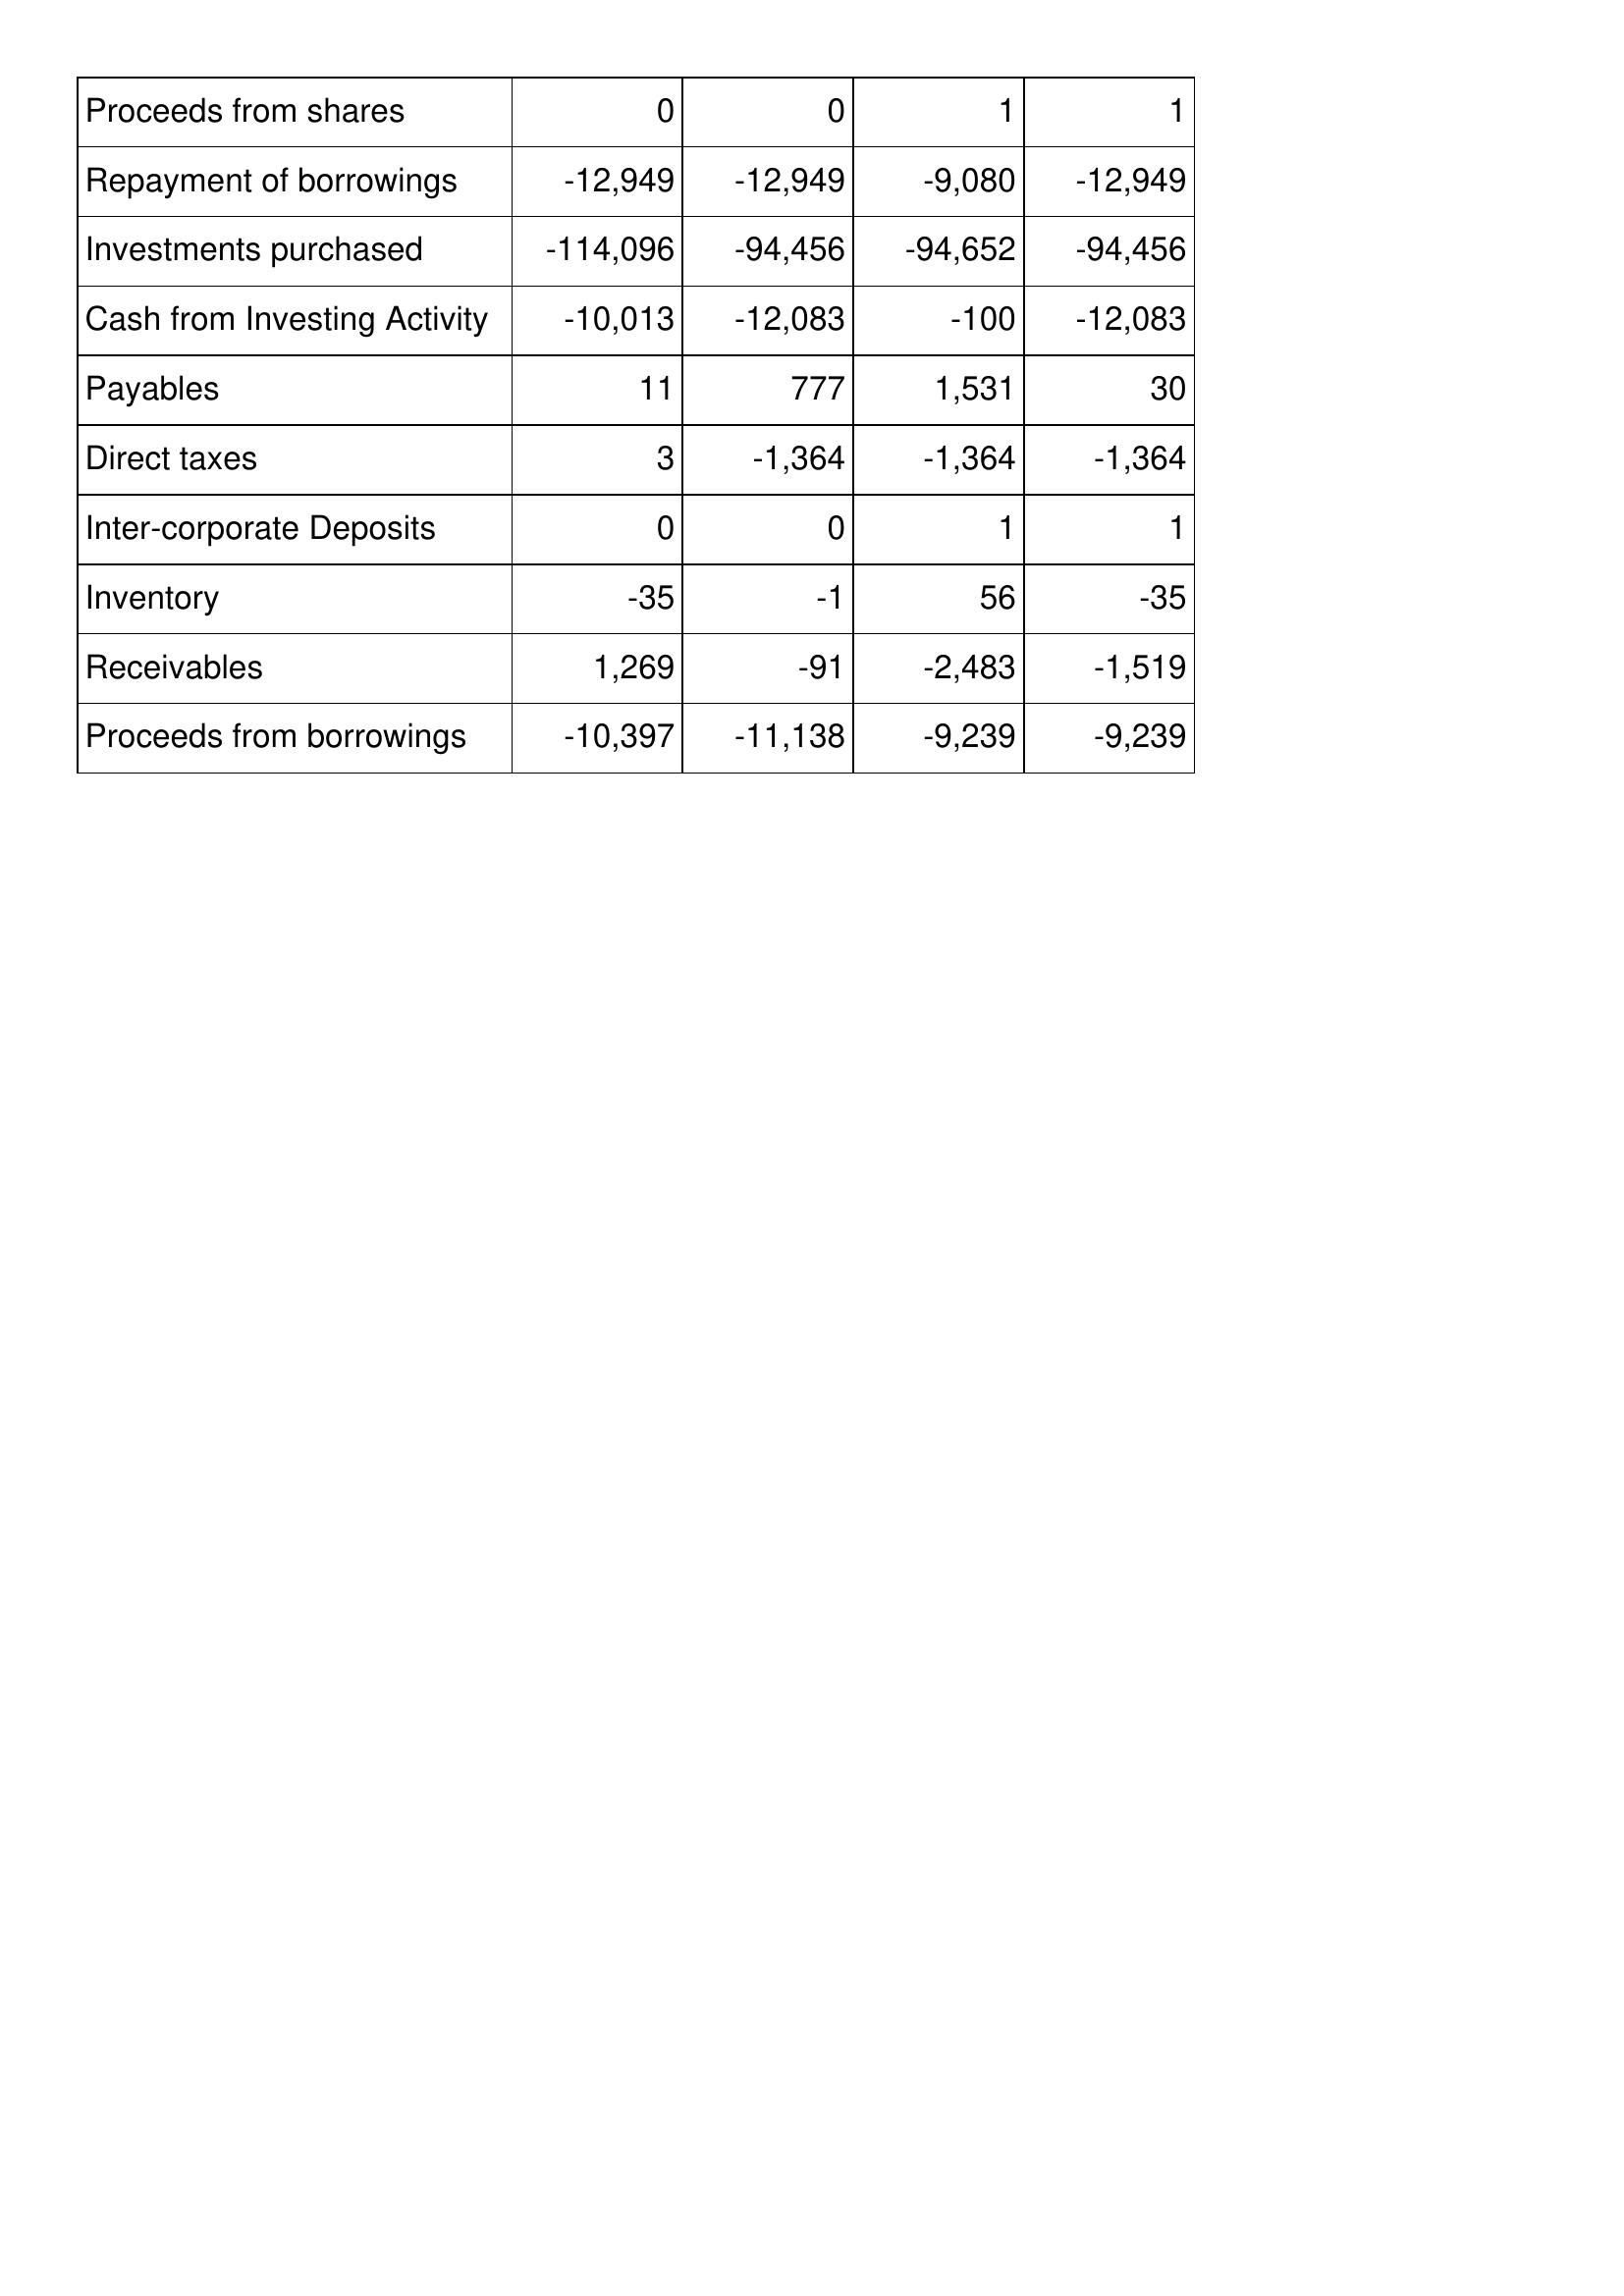
Nov-12: Cash Flows: Proceeds from shares: 0
Repayment of borrowings: -12,949
Investments purchased: -114,096
Cash from Investing Activity: -10,013
Payables: 11
Direct taxes: 3
Inter-corporate Deposits: 0
Inventory: -35
Receivables: 1,269
Proceeds from borrowings: -10,397
Nov-13: Cash Flows: Proceeds from shares: 0
Repayment of borrowings: -12,949
Investments purchased: -94,456
Cash from Investing Activity: -12,083
Payables: 777
Direct taxes: -1,364
Inter-corporate Deposits: 0
Inventory: -1
Receivables: -91
Proceeds from borrowings: -11,138
Nov-14: Cash Flows: Proceeds from shares: 1
Repayment of borrowings: -9,080
Investments purchased: -94,652
Cash from Investing Activity: -100
Payables: 1,531
Direct taxes: -1,364
Inter-corporate Deposits: 1
Inventory: 56
Receivables: -2,483
Proceeds from borrowings: -9,239
Nov-15: Cash Flows: Proceeds from shares: 1
Repayment of borrowings: -12,949
Investments purchased: -94,456
Cash from Investing Activity: -12,083
Payables: 30
Direct taxes: -1,364
Inter-corporate Deposits: 1
Inventory: -35
Receivables: -1,519
Proceeds from borrowings: -9,239